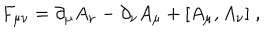
F _ { \mu \nu } = \partial _ { \mu } A _ { \nu } - \partial _ { \nu } A _ { \mu } + [ A _ { \mu } , A _ { \nu } ] \; ,